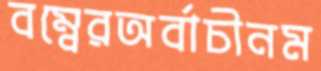
বম্বেরঅর্বাচীনম